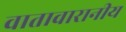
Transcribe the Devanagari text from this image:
वातावारानीय